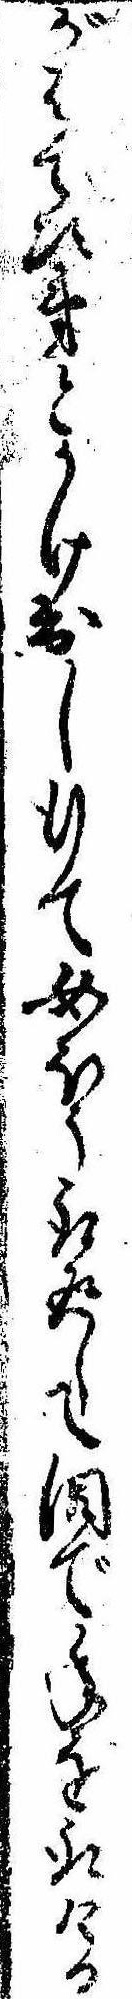
がはて次第とかけ出し行て女ほう取返して涙で年を取ける